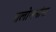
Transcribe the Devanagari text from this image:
प्रलोभनांना